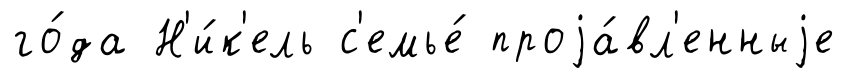
го́да Н'и́к'ель с'емье́ проjа́вл'енныjе